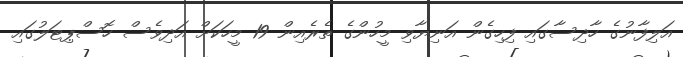
އަލިފާނުގެ ހާދިސާގައި ފިހިގެން އަނިޔާވި މީހުންގެ ތެރެއިން 19 މީހަކަށް އަދިވެސް ހޮސްޕިޓަލުގައި